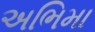
અભિમા